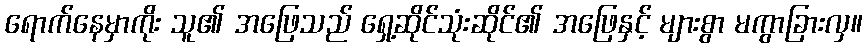
ရောက်နေမှာကိုး သူ၏ အဖြေသည် ရှေ့ဆိုင်သုံးဆိုင်၏ အဖြေနှင့် များစွာ မကွာခြားလှ။